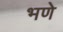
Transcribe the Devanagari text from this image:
भणे